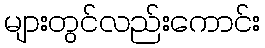
များတွင်လည်းကောင်း